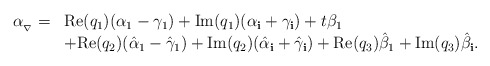
\begin{align*}\begin{array}{ll}\alpha_{_\nabla}=&\mathrm{Re}(q_{1})(\alpha_{1}-\gamma_{1})+\mathrm{Im}(q_{1})(\alpha_{\bf{i}}+\gamma_{\bf{i}})+t\beta_{1}\\&+\mathrm{Re}(q_{2})(\hat\alpha_1-\hat\gamma_1)+\mathrm{Im}(q_{2})(\hat\alpha_{\bf i}+\hat\gamma_{\bf i})+\mathrm{Re}(q_{3})\hat\beta_1+\mathrm{Im}(q_{3})\hat\beta_{\bf i}.\end{array}\end{align*}